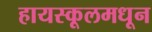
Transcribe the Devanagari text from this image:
हायस्‍कूलमधून